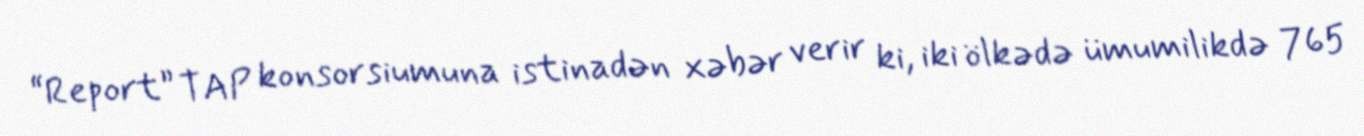
“Report” TAP konsorsiumuna istinadən xəbər verir ki, iki ölkədə ümumilikdə 765